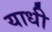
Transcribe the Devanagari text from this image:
याधी